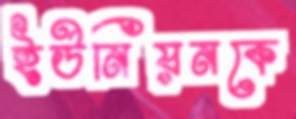
ইউনিয়নকে